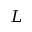
L